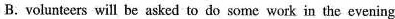
B.volunteers will be asked to do some work in the evening